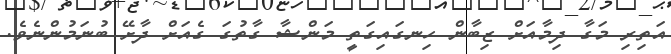
އަތިރި މަގާ ދިމާއަށް ޒިބާން ހިނގައިގަތީ މަންޝާ ގާތުގަ ގެއަށް ދާށޭ ބުނަމުންނެވެ.